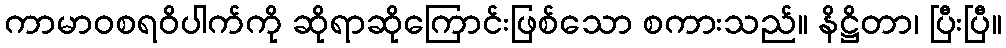
ကာမာဝစရဝိပါက်ကို ဆိုရာဆိုကြောင်းဖြစ်သော စကားသည်။ နိဋ္ဌိတာ၊ ပြီးပြီ။